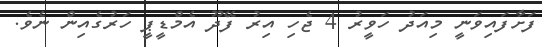
ފަށާފައިވަނީ މިއަދު ހަވީރު 4 ޖެހި އިރު ފޭދޫ އެމްޑީޕީ ހަރުގެއިން ނެވެ.